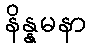
နိန္နမနာ